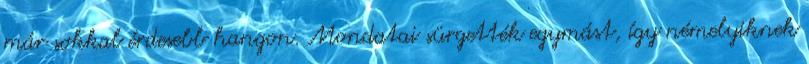
már sokkal érdesebb hangon. Mondatai sürgették egymást, így némelyiknek